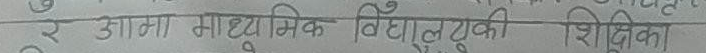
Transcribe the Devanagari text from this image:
इ डाना माध्यमिक विद्यालय की शिक्षिका